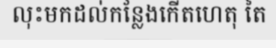
លុះមកដល់កន្លែងកើតហេតុ តៃ